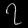
Digit: ၇